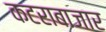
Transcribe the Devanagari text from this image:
कटराबाजार